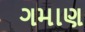
ગમાણ